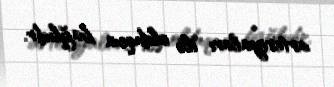
arteriyaları ilə olduqca bağlıdır.